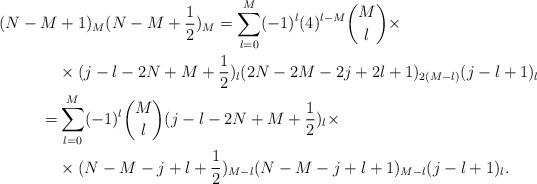
\begin{align*} (N-M&+1)_M(N-M+\frac 12)_M=\sum_{l=0}^M(-1)^l(4)^{l-M}{M\choose l}\times\\ &\times (j-l-2N+M+\frac 12)_{l}(2N-2M-2j+2l+1)_{2(M-l)}(j-l+1)_l\\ =&\sum_{l=0}^M(-1)^l{M\choose l} (j-l-2N+M+\frac 12)_{l}\times\\ &\times (N-M-j+l+\frac 12)_{M-l}(N-M-j+l+1)_{M-l}(j-l+1)_l. \end{align*}